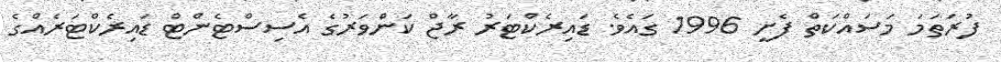
ފުރަތަމަ މަސައްކަތް ފެށީ 1996 ގައެވެ. ޑައިރެކްޓަރު ރާޖް ކަންވަރުގެ އެސިސްޓެންޓް ޑައިރެކްޓަރެއްގެ